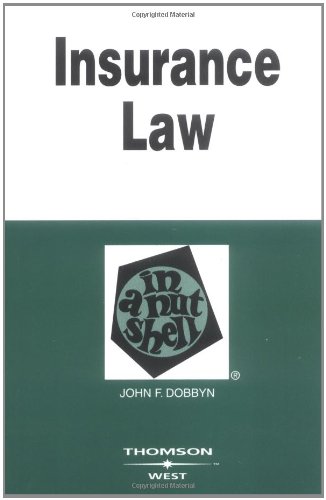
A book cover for Insurance Law in a Nutshell; John Dobbyn; Law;